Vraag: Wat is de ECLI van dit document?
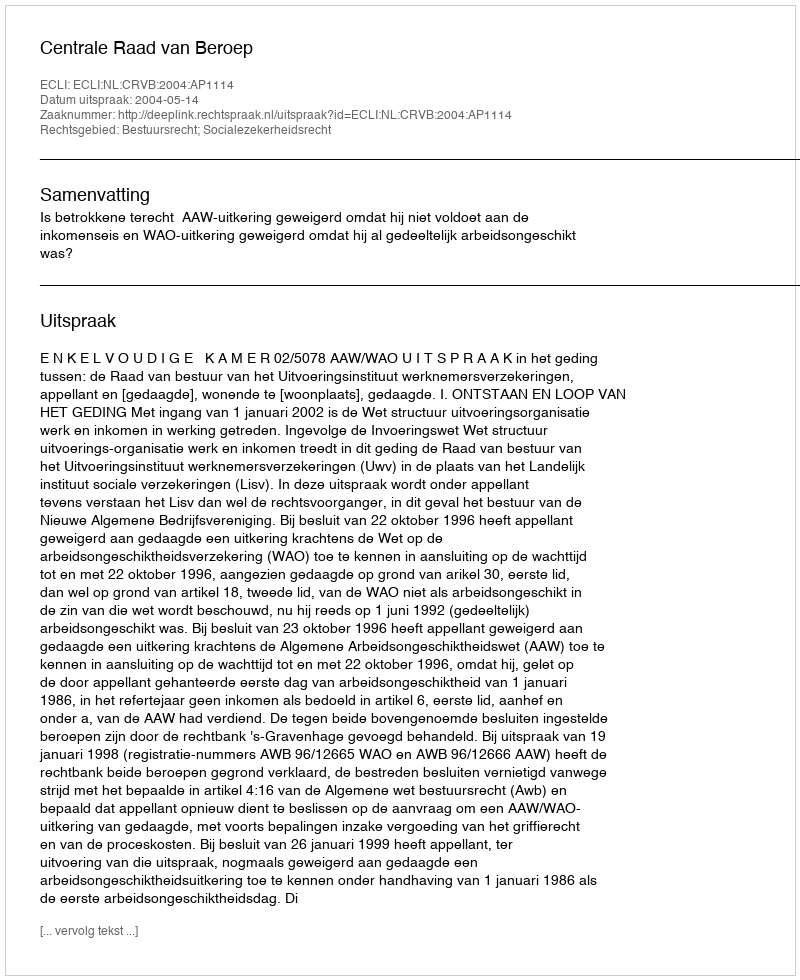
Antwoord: ECLI:NL:CRVB:2004:AP1114